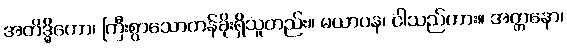
အတိဒ္ဓိကော၊ ကြီးစွာသောတန်ခိုးရှိသူတည်း။ မယာပန၊ ငါသည်ကား။ အတ္တနော၊